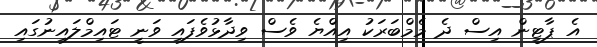
އެ ޕާޓީން އިސް ދެ މެމްބަރަކު އިއްޔެ ވެސް ވިދާޅުވެފައި ވަނީ ޓައިމްލައިނުގައި